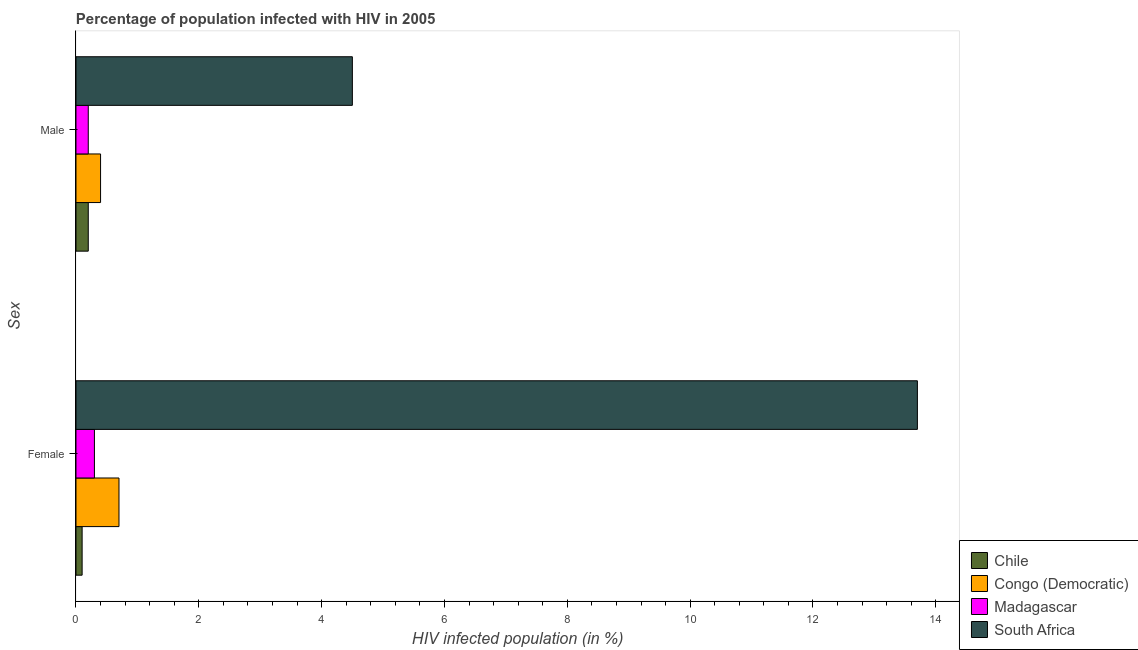
| Sex | Chile | Congo (Democratic) | Madagascar | South Africa |
 | --- | --- | --- | --- | --- |
 | Female | 0.1 | 0.7 | 0.3 | 13.7 |
 | Male | 0.2 | 0.4 | 0.2 | 4.5 |